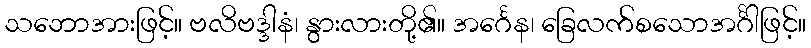
သဘောအားဖြင့်။ ဗလိဗဒ္ဒါနံ၊ နွားလားတို့၏။ အင်္ဂေန၊ ခြေလက်စသောအင်္ဂါဖြင့်။